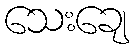
သေးချေ